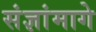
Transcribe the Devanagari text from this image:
संज्ञांमागे